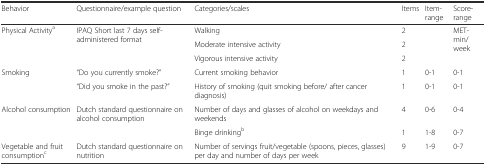
<table><thead><tr><td><b>Behavior</b></td><td><b>Questionnaire/example question</b></td><td><b>Categories/scales</b></td><td><b>Items</b></td><td><b>Item-range</b></td><td><b>Score-range</b></td></tr></thead><tbody><tr><td rowspan="3">Physical Activity<sup>a</sup></td><td rowspan="3">IPAQ Short last 7 days self-administered format</td><td>Walking</td><td>2</td><td rowspan="3"></td><td rowspan="3">MET-min/week</td></tr><tr><td>Moderate intensive activity</td><td>2</td></tr><tr><td>Vigorous intensive activity</td><td>2</td></tr><tr><td rowspan="2">Smoking</td><td>“Do you currently smoke?”</td><td>Current smoking behavior</td><td>1</td><td>0-1</td><td>0-1</td></tr><tr><td>“Did you smoke in the past?”</td><td>History of smoking (quit smoking before/ after cancer diagnosis)</td><td>1</td><td>0-1</td><td>0-1</td></tr><tr><td rowspan="2">Alcohol consumption</td><td rowspan="2">Dutch standard questionnaire on alcohol consumption</td><td>Number of days and glasses of alcohol on weekdays and weekends</td><td>4</td><td>0-6</td><td>0-4</td></tr><tr><td>Binge drinking<sup>b</sup></td><td>1</td><td>1-8</td><td>0-7</td></tr><tr><td>Vegetable and fruit consumption<sup>c</sup></td><td>Dutch standard questionnaire on nutrition</td><td>Number of servings fruit/vegetable (spoons, pieces, glasses) per day and number of days per week</td><td>9</td><td>1-9</td><td>0-7</td></tr></tbody></table>